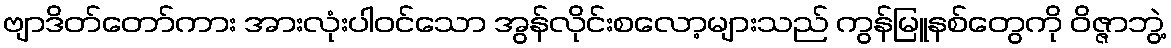
ဗျာဒိတ်တော်ကား အားလုံးပါ၀င်သော အွန်လိုင်းစလော့များသည် ကွန်မြူနစ်တွေကို ဝိဇ္ဇာဘွဲ့